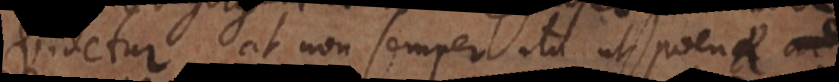
videtur, at non semper ita ut poena